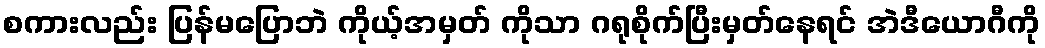
စကားလည်း ပြန်မပြောဘဲ ကိုယ့်အမှတ် ကိုသာ ဂရုစိုက်ပြီးမှတ်နေရင် အဲဒီယောဂီကို